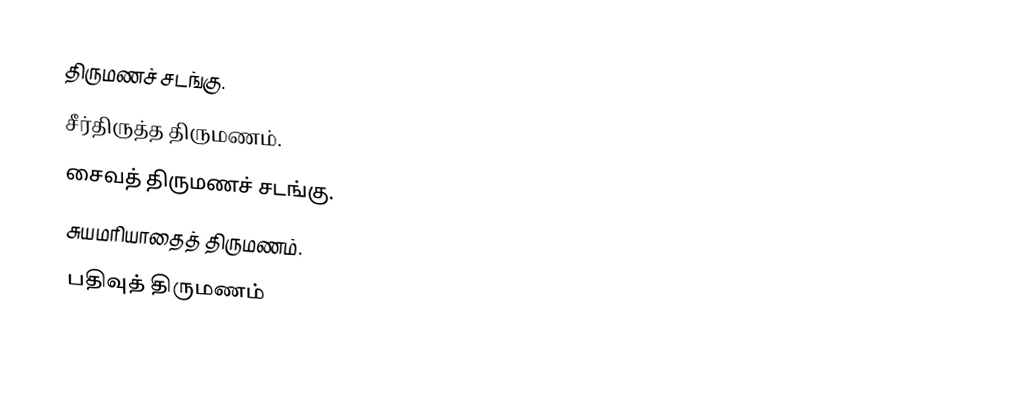
திருமணச் சடங்கு.
 சீர்திருத்த திருமணம்.
 சைவத் திருமணச் சடங்கு.
 சுயமரியாதைத் திருமணம்.
 பதிவுத் திருமணம்